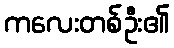
ကလေးတစ်ဦး၏